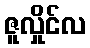
ဇူလှိုင်လ